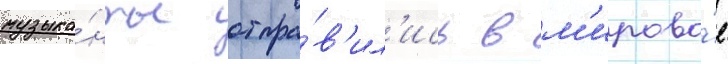
музыка́нты отпра́в'ил'ись в м'ирово́е